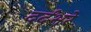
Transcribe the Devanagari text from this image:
दर्दभरे